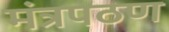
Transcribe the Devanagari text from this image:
मंत्रपठण